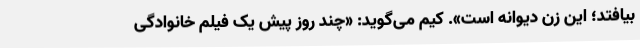
بیافتد؛ این زن دیوانه است». کیم می‌گوید: «چند روز پیش یک فیلم خانوادگی